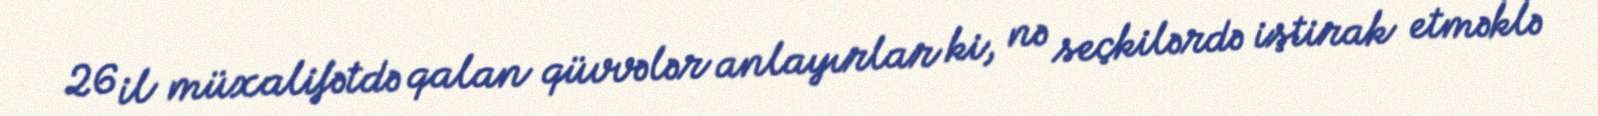
26 il müxalifətdə qalan qüvvələr anlayırlar ki, nə seçkilərdə iştirak etməklə